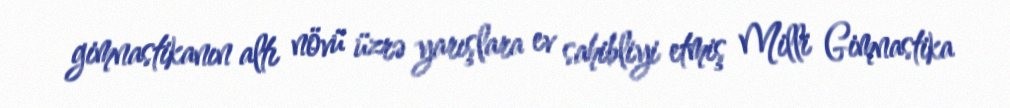
gimnastikanın altı növü üzrə yarışlara ev sahibliyi etmiş Milli Gimnastika